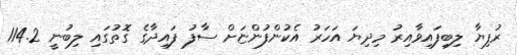
ރުފިޔާ ލިބިފައިވާއިރު މިދިޔަ އަހަރު އެކުންފުންޏަށް ސާފު ފައިދާގެ ގޮތުގައި ލިބުނީ 114.2